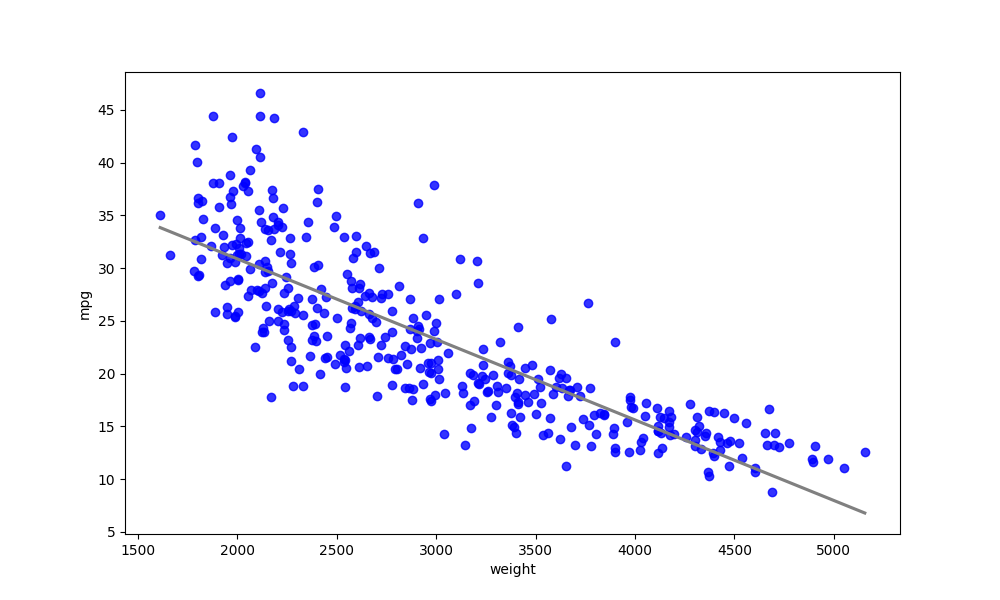
python, seaborn, regplot, order=1, ci=None, scatter_color=blue, line_color=gray